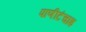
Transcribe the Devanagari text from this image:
पाणीटंचाइ